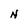
Character: N